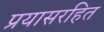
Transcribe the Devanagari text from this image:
प्रयासरहित